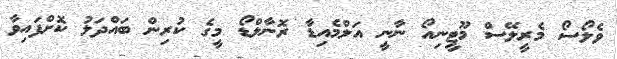
ވެލޯސޯ މެރީލޭސް މޫޓީނިއޯ ނާނީ އަލްމެއިޑާ ރޮނާލްޑޯ މީގެ ކުރިން ބައްދަލު ކޮށްފައިވާ